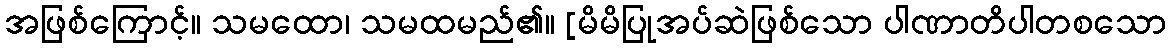
အဖြစ်ကြောင့်။ သမထော၊ သမထမည်၏။ [မိမိပြုအပ်ဆဲဖြစ်သော ပါဏာတိပါတစသော